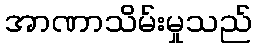
အာဏာသိမ်းမှုသည်